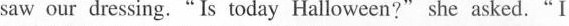
saw our dressing. "Is today Halloween?" she asked."I